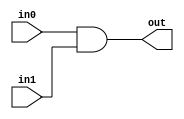
module andgate(in0,in1,out);
input in0,in1;
output out;
//and and1(out,in0,in1);
assign out = in0 & in1; // please check out under what this comes

endmodule